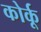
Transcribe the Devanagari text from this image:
कोर्कू